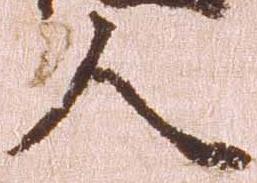
人